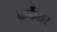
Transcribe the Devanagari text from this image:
कर्केतर